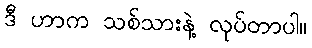
ဒီ ဟာက သစ်သားနဲ့ လုပ်တာပါ။